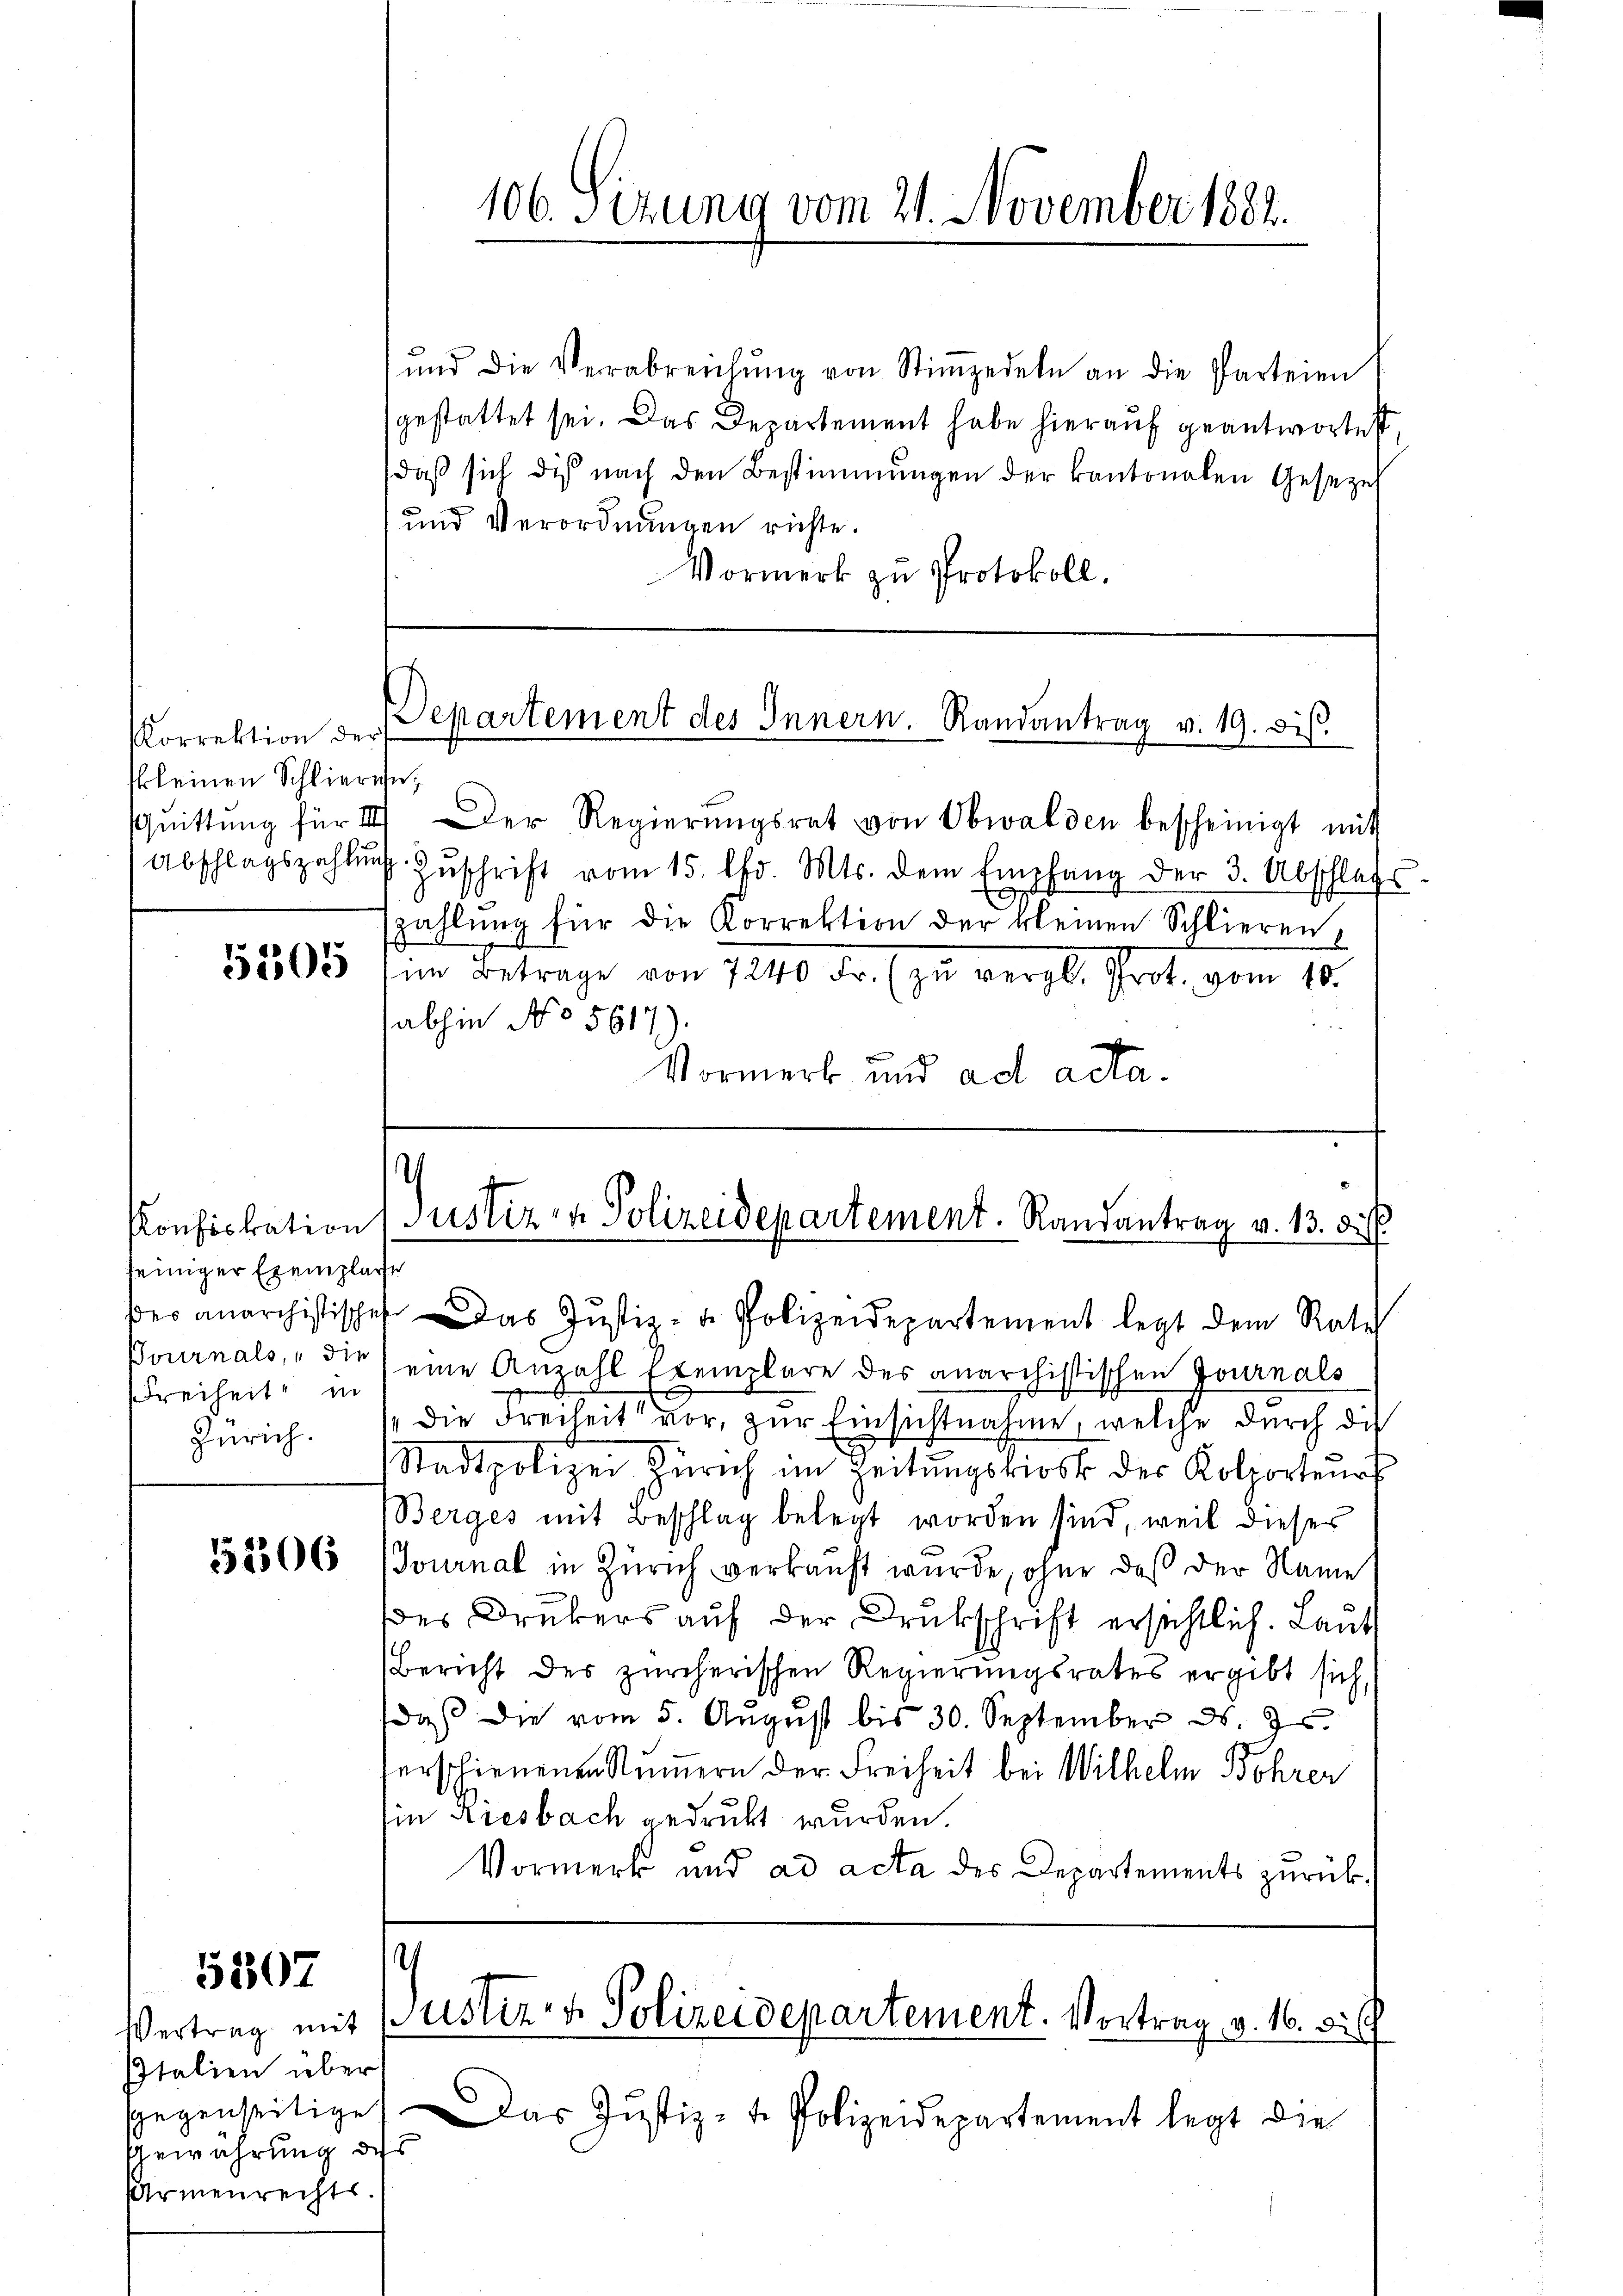
Korrektion der
skleinen Schlieren,

5305

seiniger Exemplare
Freiheit in
Zürich.

5307

Italien über
Gewährung des
Armenrechts.

106. Sizung vom 21. November 1882.

und die Verabreichŭng von Stimzedeln an die Parteien
gestattet sei. Das Departement habe hierauf geantwortet
daβ sich dis nach den Bestimmungen der kantonalen Geseze
und Verordnungen richte.
Vormerk zu Protokoll.

Departement des Innern. Randantrag v. 19. dis.

Qŭittŭng für III Der Regierŭngsrat von Obwalden bescheinigt mit
Abschlagszahlŭng Zŭschrift vom 15. fr. Mts. dem Empfang der 3. Abschlafs
zahlŭng für die Korrektion der kleinen Schlieren
im Betrage von 1240 Fr. (zu vergl. Prot. vom 18.
abhin No 5617).
Vormerk und ad acta.

i
Konfiskation (Justiz- & Polizeidepartement. Randantrag v. 13. di

der anarchistisches das Justiz- u. Polizeidepartement legt dem Rate
Pournals, die eine Anzahl Exemplare des anarchistischen Journals
 die Freiheit vor, zur Einsichtnahme, welche durch die
Stadtpolizei Zürich im Zeitŭngskiosk der Kolporteŭrt
Berges mit Beschlag belegt worden sind, weil dieser
58566 (Journal in Zürich verkauft wurde, ohne daß der Name
des Druckers auf der Drukschrift ersichtlich. Laut
Bericht des zürcherischen Regierungsrates ergibt sich,
daß die vom 5. Aŭgŭst bis 30. September d. Js.
serschienenen Nummern der Freiheit bei Wilhelm Bohren
Ein Riesbach gedruckt wurden.
Vormerk und ad acta des Departements zurück¬

e
Vertrag mit Zustiz- & Polizeidepartement. Vortrag v. 16. Si l

sgegenseitige. Das Justiz-t. Polizeidepartement legt die